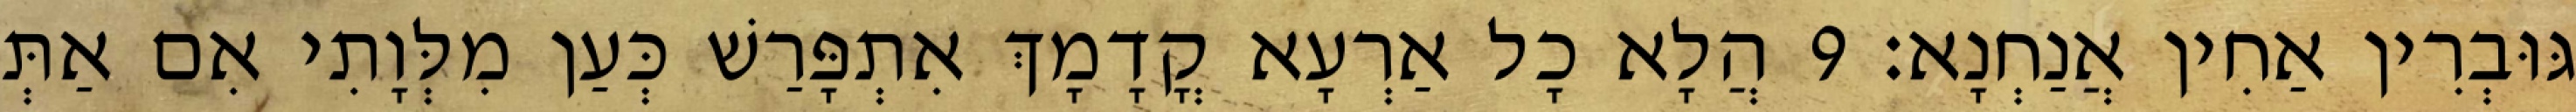
גּוּבְרִין אַחִין אֲנַחְנָא׃ 9 הֲלָא כָל אַרְעָא קֳדָמָךְ אִתְפָּרַשׁ כְּעַן מִלְּוָתִי אִם אַתְּ